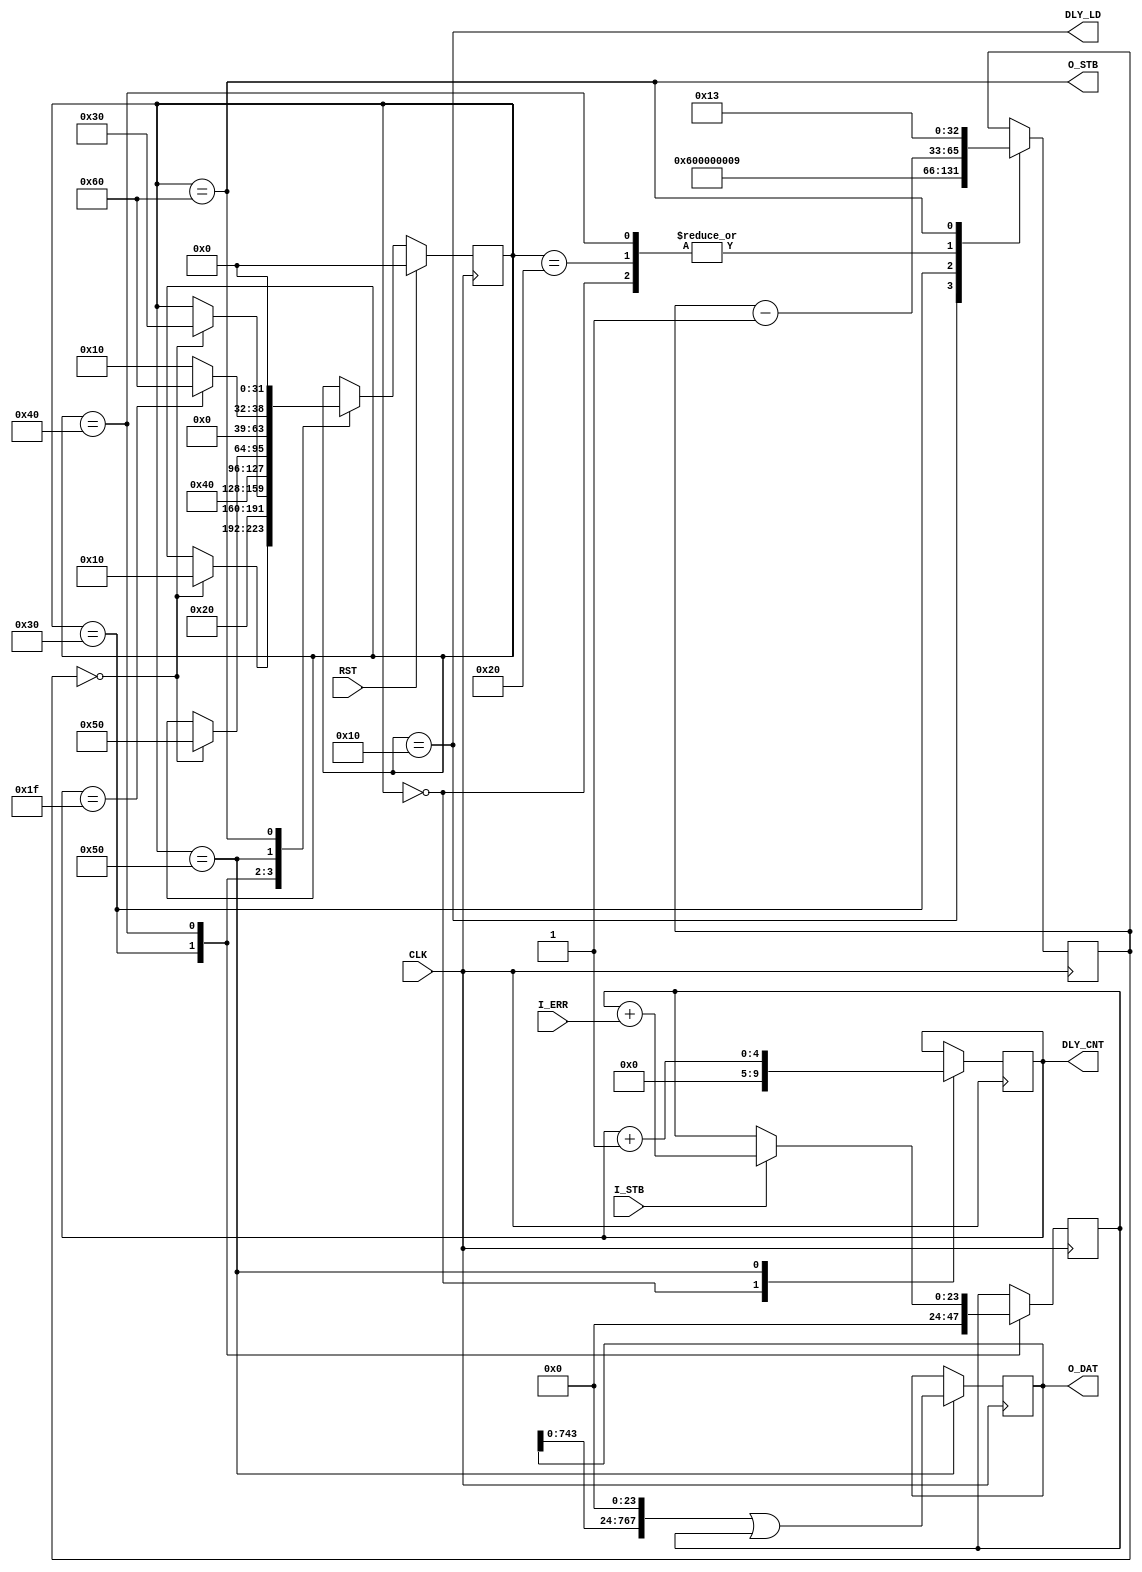
module error_counter #
(
parameter COUNT_WIDTH = 24,
parameter DELAY_TAPS  = 32,
parameter TRIGGER_INTERVAL = 20,
parameter HOLDOFF_TIME     = 4,
parameter MEASURE_TIME     = 10
)
(
input  wire CLK,
input  wire RST,
input  wire I_STB,
input  wire I_ERR,
output wire DLY_LD,
output wire [$clog2(DELAY_TAPS)-1:0] DLY_CNT,
output wire O_STB,
output wire [COUNT_WIDTH*DELAY_TAPS-1:0] O_DAT
);
integer fsm;
localparam FSM_IDLE     = 'h00;
localparam FSM_SETUP    = 'h10;
localparam FSM_HOLDOFF  = 'h20;
localparam FSM_PREPARE  = 'h30;
localparam FSM_MEASURE  = 'h40;
localparam FSM_STORE    = 'h50;
localparam FSM_OUTPUT   = 'h60;
reg [32:0] ps_cnt;
reg [$clog2(DELAY_TAPS)-1:0] dly_cnt;
initial ps_cnt <= TRIGGER_INTERVAL - 1;
always @(posedge CLK)
    case (fsm)
    FSM_IDLE:       ps_cnt <= ps_cnt - 1;
    FSM_SETUP:      ps_cnt <= HOLDOFF_TIME - 1;
    FSM_HOLDOFF:    ps_cnt <= ps_cnt - 1;
    FSM_PREPARE:    ps_cnt <= MEASURE_TIME - 1;
    FSM_MEASURE:    ps_cnt <= ps_cnt - 1;
    FSM_OUTPUT:     ps_cnt <= TRIGGER_INTERVAL - 1;
    endcase
always @(posedge CLK)
    case (fsm)
    FSM_IDLE:       dly_cnt <= 0;
    FSM_STORE:      dly_cnt <= dly_cnt + 1;
    endcase
assign DLY_LD  = (fsm == FSM_SETUP);
assign DLY_CNT = dly_cnt;
reg [(COUNT_WIDTH*DELAY_TAPS)-1:0] o_dat_sr;
reg [COUNT_WIDTH-1:0] err_cnt;
always @(posedge CLK)
    case (fsm)
    FSM_PREPARE:           err_cnt <= 0;
    FSM_MEASURE: if(I_STB) err_cnt <= err_cnt + I_ERR;
    endcase
always @(posedge CLK)
    if (fsm == FSM_STORE)
        o_dat_sr <= (o_dat_sr << COUNT_WIDTH) | err_cnt;
always @(posedge CLK)
    if (RST)
        fsm <= FSM_IDLE;
    else case (fsm)
    FSM_IDLE:       if (ps_cnt == 0)  fsm <= FSM_SETUP;
    FSM_SETUP:      fsm <= FSM_HOLDOFF;
    FSM_HOLDOFF:    if (ps_cnt == 0)  fsm <= FSM_PREPARE;
    FSM_PREPARE:    fsm <= FSM_MEASURE;
    FSM_MEASURE:    if (ps_cnt == 0)  fsm <= FSM_STORE;
    FSM_STORE:      if (dly_cnt == (DELAY_TAPS-1))
                        fsm <= FSM_OUTPUT;
                    else
                        fsm <= FSM_SETUP;
    FSM_OUTPUT:     fsm <= FSM_IDLE;
    endcase
assign O_STB = (fsm == FSM_OUTPUT);
assign O_DAT = o_dat_sr;
endmodule